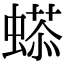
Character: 𧏥